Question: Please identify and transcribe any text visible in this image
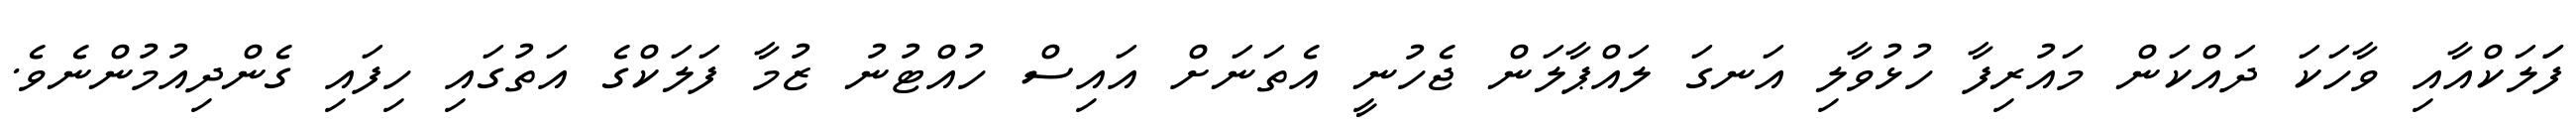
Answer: ފަަލަކްއާއި ވާހަކަ ދައްކަން މައުރިފާ ހުޅުވާލި އަނގަ ލައްޕާލަން ޖެހުނީ އެތަނަށް އައިސް ހުއްޓުނު ޒުމާ ފަލަކްގެ އަތުގައި ހިފައި ގެންދިއުމުންނެވެ.